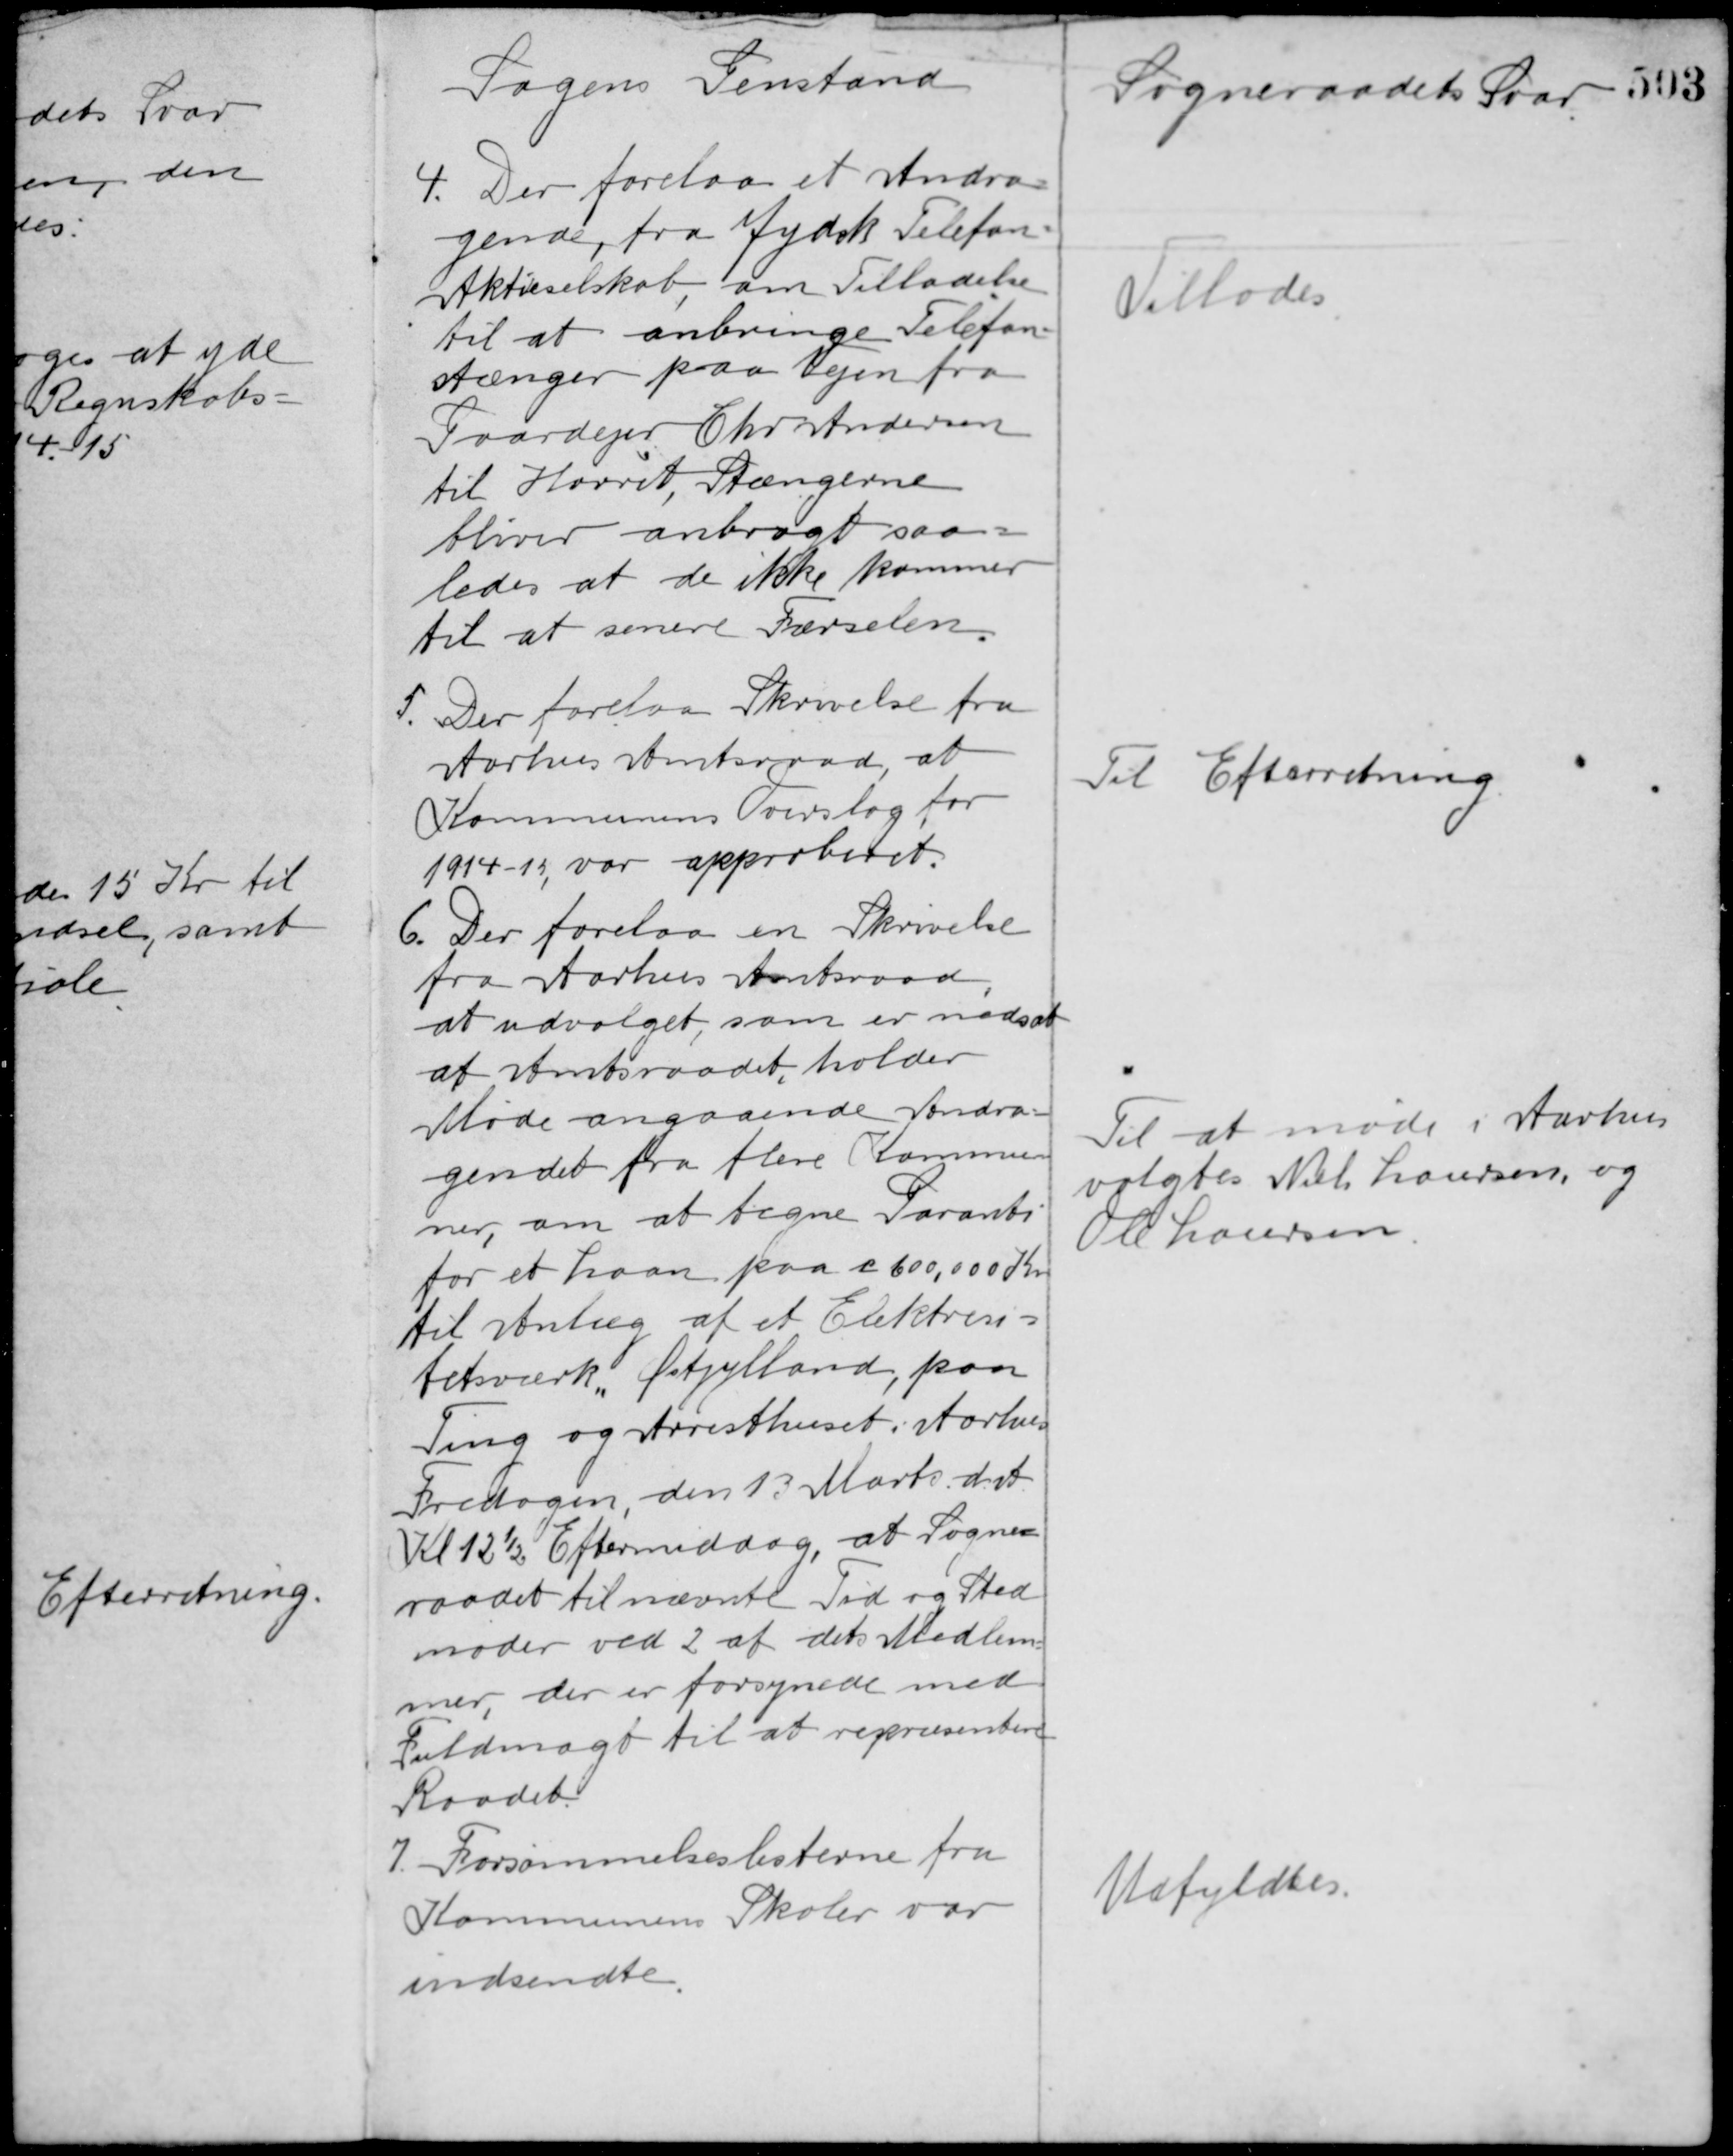
Transskription:
Sagens Genstand

Sogneraadets Svar

4. Der forelaa et Andra-
gende fra Jydsk Telefon-
Aktieselskab, om Tilladelse
til at anbringe Telefon-
stænger paa Vejen fra
Gaardejer Chr. Andersen
til Hørret, Stængerne
bliver anbragt saa-
ledes at de ikke kommer
til at senere Færselen.

Tillades

5. Der forelaa Skrivelse fra
Aarhus Amtsraad at
Kommunens Overslag for
1914-15 var approberet.

Til Efterretning

6. Der forelaa en Skrivelse
fra Aarhus Amtsraad
at udvalget som er nedsat
af Amtsraadet, holder
Møde angaaende Andra-
gendet fra flere Kommu-
ner, om at tegne Garanti
for et Laan paa c 600,000 Kr.
til Anlæg af et Elektrici-
tetsværk, Østjylland, paa
Ting og Arresthuset i Aarhus.
Fredagen, den 13 Marts d. A.
Kl. 12½ Eftermiddag, at Sogne-
raadet til nævnte Tid og Sted
møder ved 2 af dets Medlem-
mer der er forsynede med
Fuldmagt til at repræsentere
Raadet.

Til at møde i Aarhus
valgtes Niels Laursen, og
Ole Laursen

7. Forsømmelseslisterne fra
Kommunens Skoler var
indsendte.

Udfyldtes.